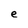
Character: e